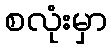
စလုံးမှာ